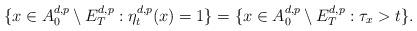
LaTeX: \begin{align*}\{x\in A_0^{d,p}\setminus E_T^{d,p}:\eta_t^{d,p}(x)=1\}=\{x\in A_0^{d,p}\setminus E_T^{d,p}:\tau_x>t\}.\end{align*}